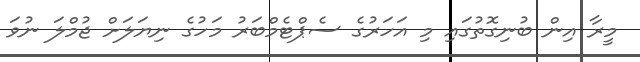
މީރާ އިން ބުނިގޮތުގައި މި އަހަރުގެ ސެޕްޓެމްބަރު މަހުގެ ނިޔަލަށް ޖުމްލަ ނުވަ